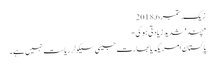
زیک, ‏ستمبر 6, 2018
'چند' شدید زیادتی ہو گی-
پاکستان امریکہ یا بھارت جیسی سیکولر ریاست نہیں ہے۔